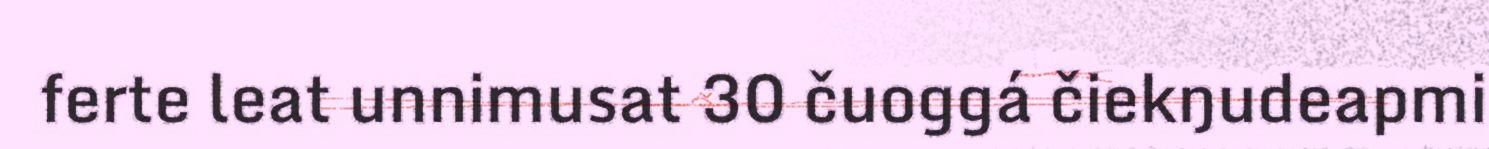
ferte leat unnimusat 30 čuoggá čiekŋudeapmi